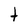
Character: t